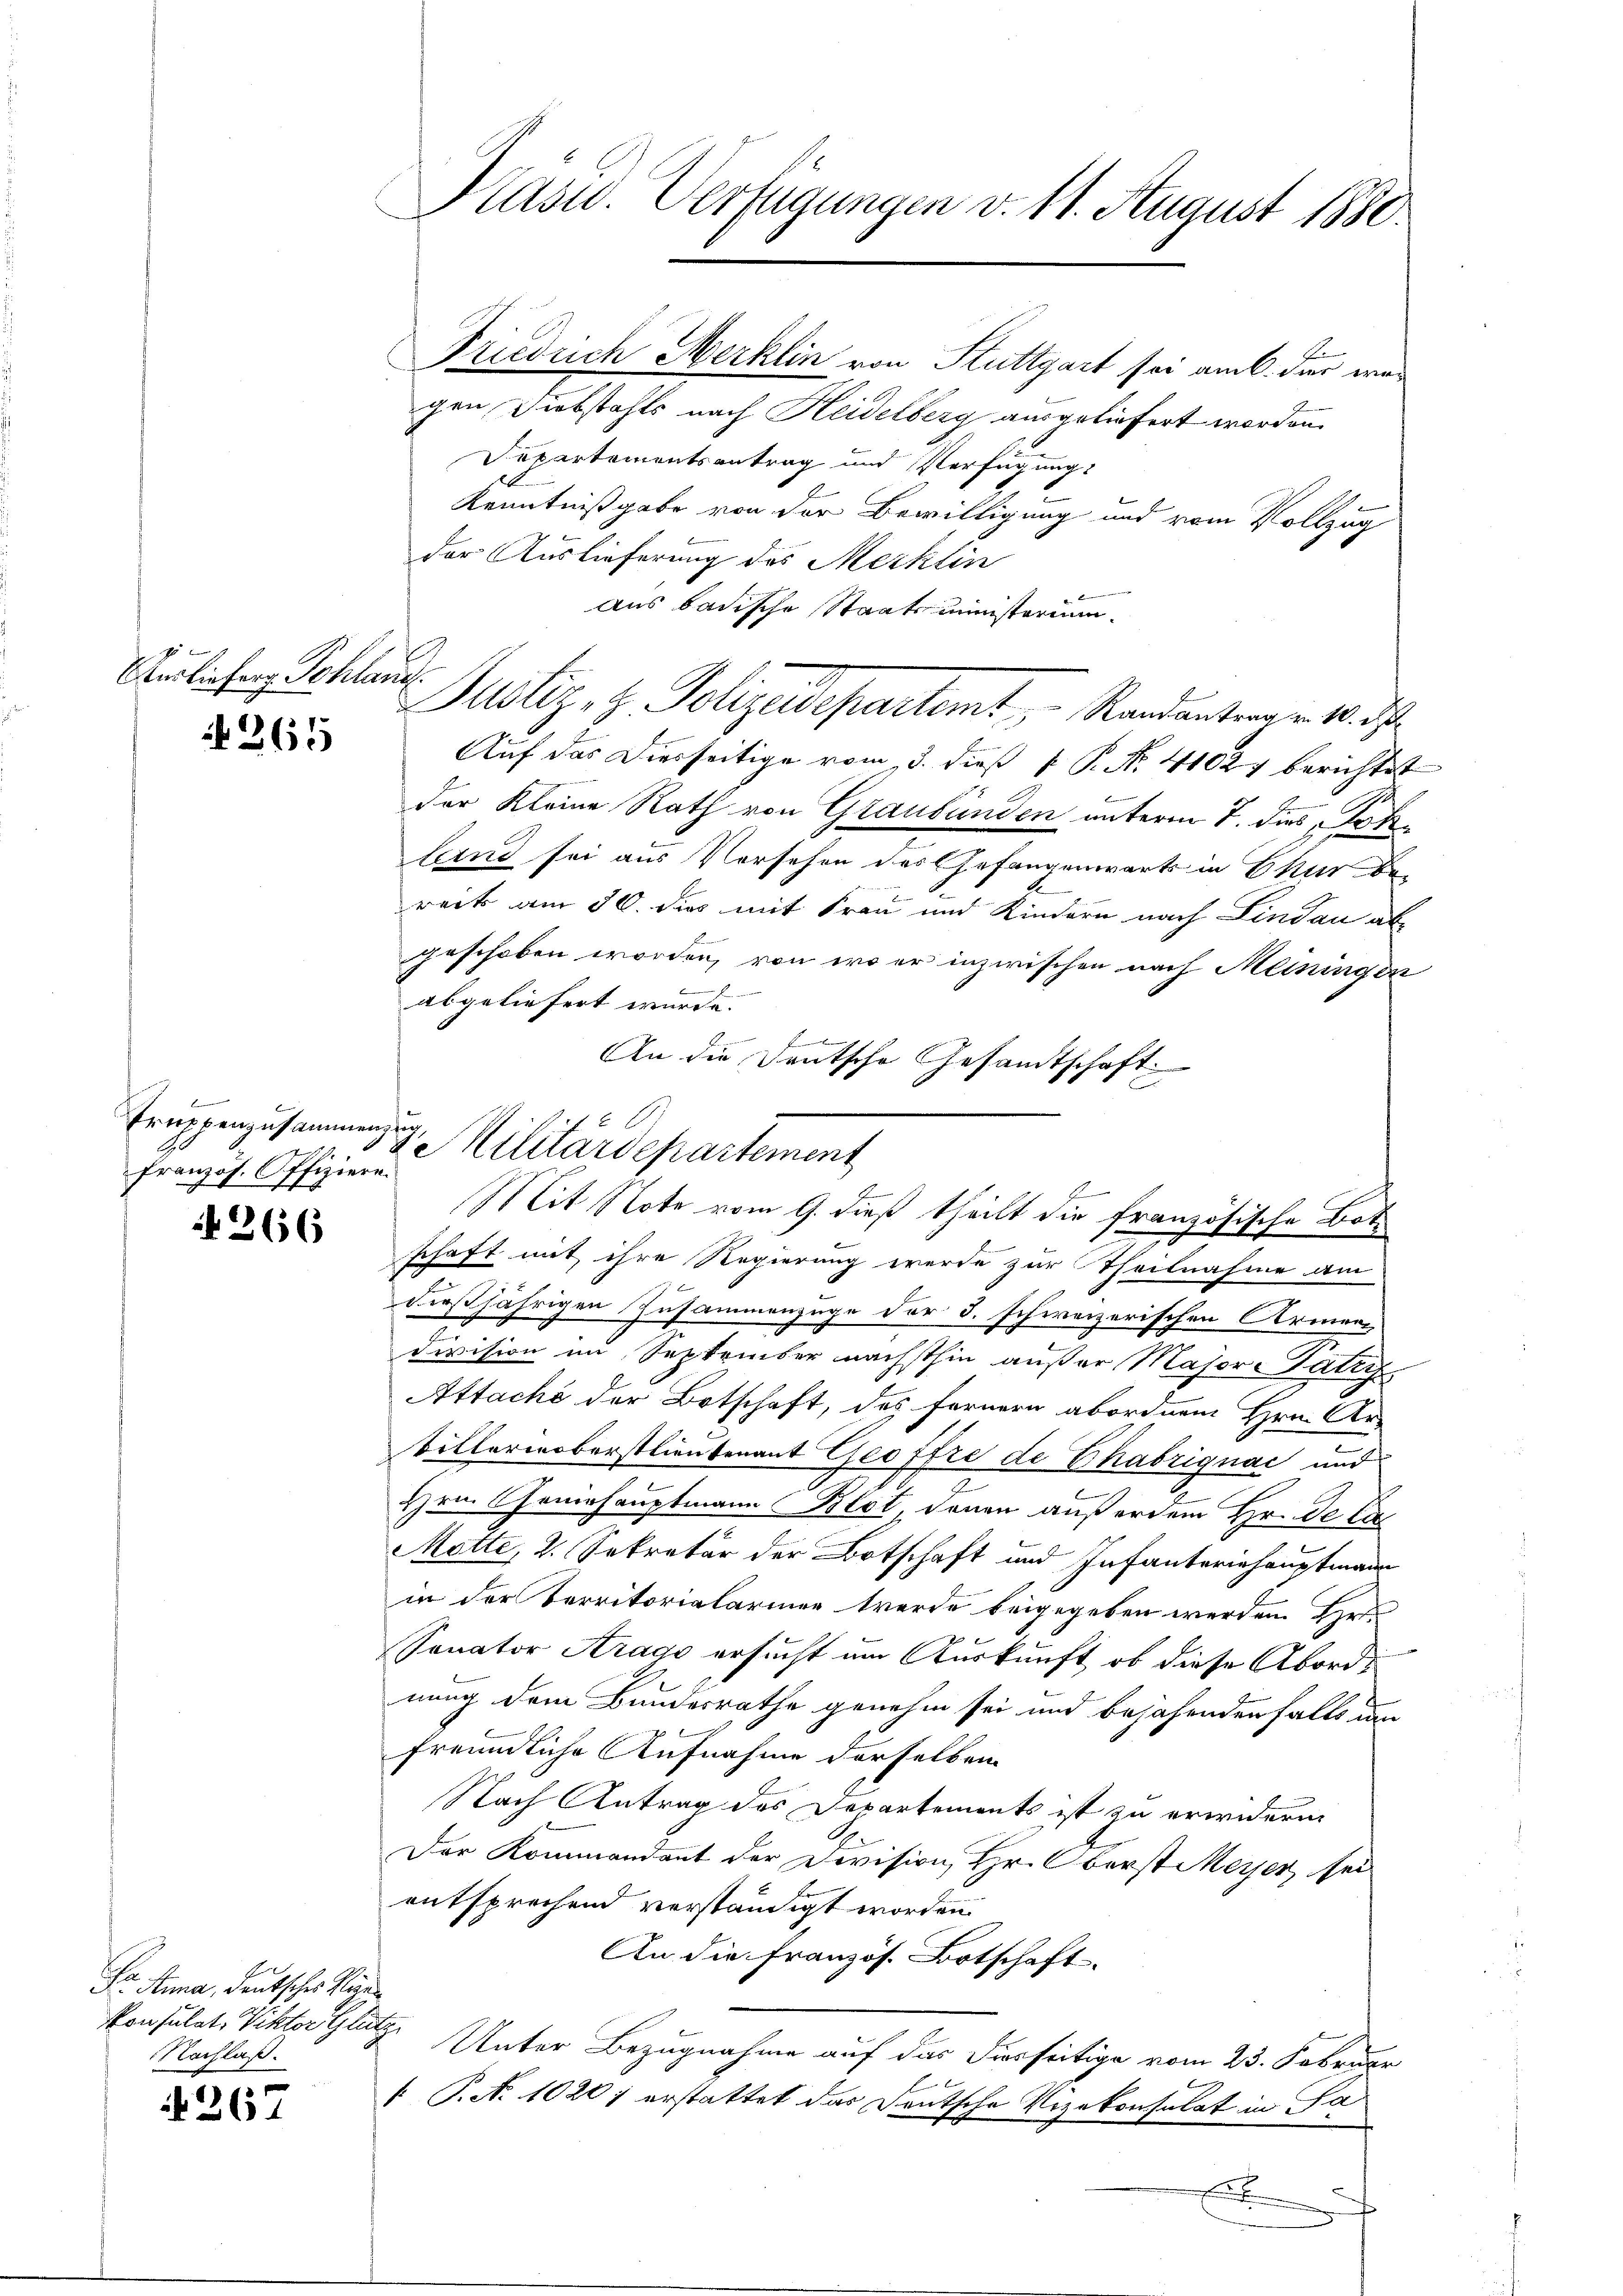
Oerliefer Sohland.

265

Truppenzusammenzug.
französ. Offiziere.

if. 266

Dr. Anna, deutsches Regen
Vonsulat, Viktor Glie
Nachlaß.

267

Präsid. Verfügungen v. 11. August 1880.

Friedrich Merklin von Stuttgart sei am 6. der war
gen Diebstahls nach Heidelberg ausgeliefert worden.
Departementsantrag und Verfügung
Kenntnißgabe von der Bewilligung und vom Vollzug
der Auslieferung des Merklin
aus badische Staatsministerium
Justiz & Polizeidepartemt, Randantrage M. d
Auf das Dierseitige vom 3. dieß P. P. N. 41027 berichtet
f
der Kleine Rath von Graubünden unterm 7. dies Koflind sei aus Versehen des Gefangenwärts in Chur be-
reck am 30. dies mit Frau und Kindern nach Lindau abgeschoben worden, von wo er inzwischen nach Meiningen
abgeliefert wurde.
An die Deutsche Gesandtschaft:
schaft mit ihre Regierung werde zur Theilnahme am
dießjährigen Zusammenzüge der §. schweizerischen Armen
division im September nächsthin außer Masor-Patri
Attaché der Botschaft, des Fernern abordnen Hrn. Ar
tillerinoberstlieutenant Geoffre de Chabrignac und
Hrn. Generhauptmann Blot denen außerdem Hr. De tie
Motte, 2. Sekretär der Botschaft und Infanteriehauptmann
in der Verritorialarinen werde beigegeben werden Hr.
Sanator Arago ersucht um Auskunft, ob diese Abords
nung dem Bundesrathe genehm sei und bejahenden falls um
freundliche Aufnahme derselben
Nach Antrag des Departements ist zu erwidern
Der Kommandant der Devision, Hr. Oberst Meyer sei
entsprechend verständigt worden.
An die französ. Botschaft
 Unter Bezugnahme auf das Fierseitige vom 23. Februar
C
. P. N. 1020; erstattet das Deutsche Vizekonsulat in Sa¬
E

A
& Militärdepartement

6
B
Mit Note vom 9. dieß theilt die französische Bot¬